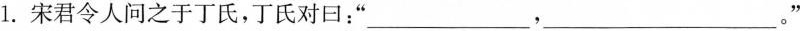
1.宋君令人问之于丁氏，丁氏对曰：‘’___，___。”